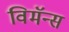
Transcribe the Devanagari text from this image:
विमॅन्स